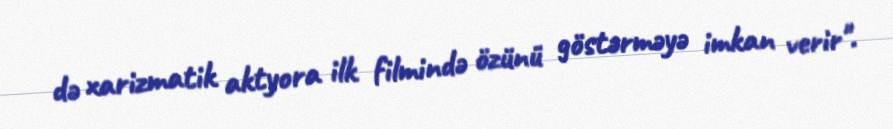
də xarizmatik aktyora ilk filmində özünü göstərməyə imkan verir".